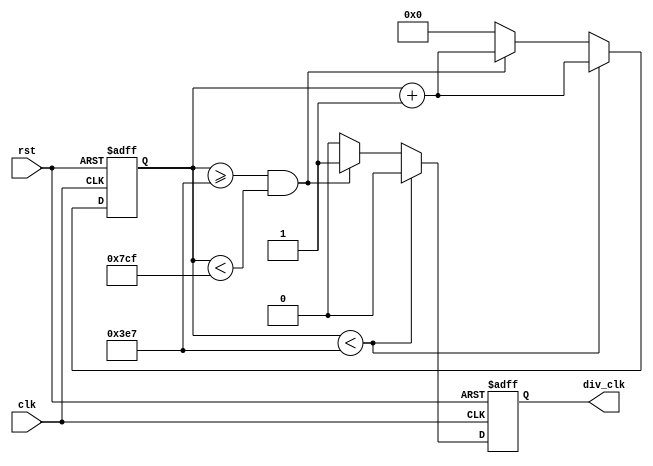
//segment 
module div_clk_for_seg(
    input clk,
    input rst,
    output reg div_clk
);
    reg [11:0] temp_clk;
    
    always @(posedge clk or negedge rst )
    begin
        if(!rst) begin
            temp_clk <=0;
            div_clk <=0; 
        end 
        else begin
            if(temp_clk <999) begin
                temp_clk <=temp_clk +1;
                div_clk <=0; 
            end 
            else if(temp_clk >=999 && temp_clk <1999) begin
                temp_clk <= temp_clk +1;
                div_clk <=1; 
            end
            else begin
                temp_clk <=0;
                div_clk <=0; 
            end
        end
    end
endmodule